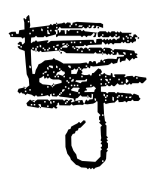
Text: by
Cross-out: scratch
Writing tool: digital_black